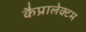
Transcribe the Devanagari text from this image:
कैप्रालेक्टम